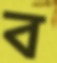
ব